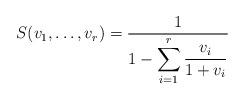
LaTeX: \begin{align*}S(v_1,\dots,v_r)=\frac1{\displaystyle 1-\sum_{i=1}^r\frac{v_i}{1+v_i}}\end{align*}